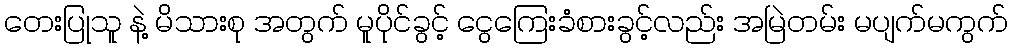
တေးပြုသူ နဲ့ မိသားစု အတွက် မူပိုင်ခွင့် ငွေကြေးခံစားခွင့်လည်း အမြဲတမ်း မပျက်မကွက်